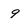
Character: 9